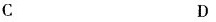
C D